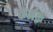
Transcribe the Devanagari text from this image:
कर्मक